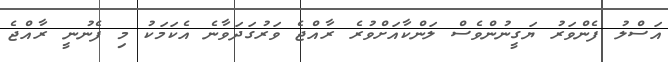
އަސްލު ފެންވަރު ޔަގީނުންވެސް ލަންކާއަށްވުރެ ރާއްޖެ ވަރުގަދަވާނެ އެކަމަކު މި ފެނުނީ ރާއްޖެ